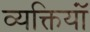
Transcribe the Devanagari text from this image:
व्यक्तियॉं